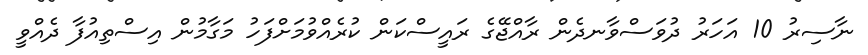
ނާސިރު 10 އަހަރު ދުވަސްވާނދެން ރާއްޖޭގެ ރައީސްކަން ކުރެއްވުމަށްފަހު މަގާމުން އިސްތިއުފާ ދެއްވީ